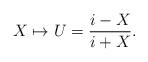
LaTeX: \begin{align*}X\mapsto U=\frac{i-X}{i+X}.\end{align*}